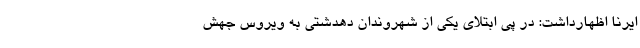
ایرنا اظهارداشت: در پی ابتلای یکی از شهروندان دهدشتی به ویروس جهش